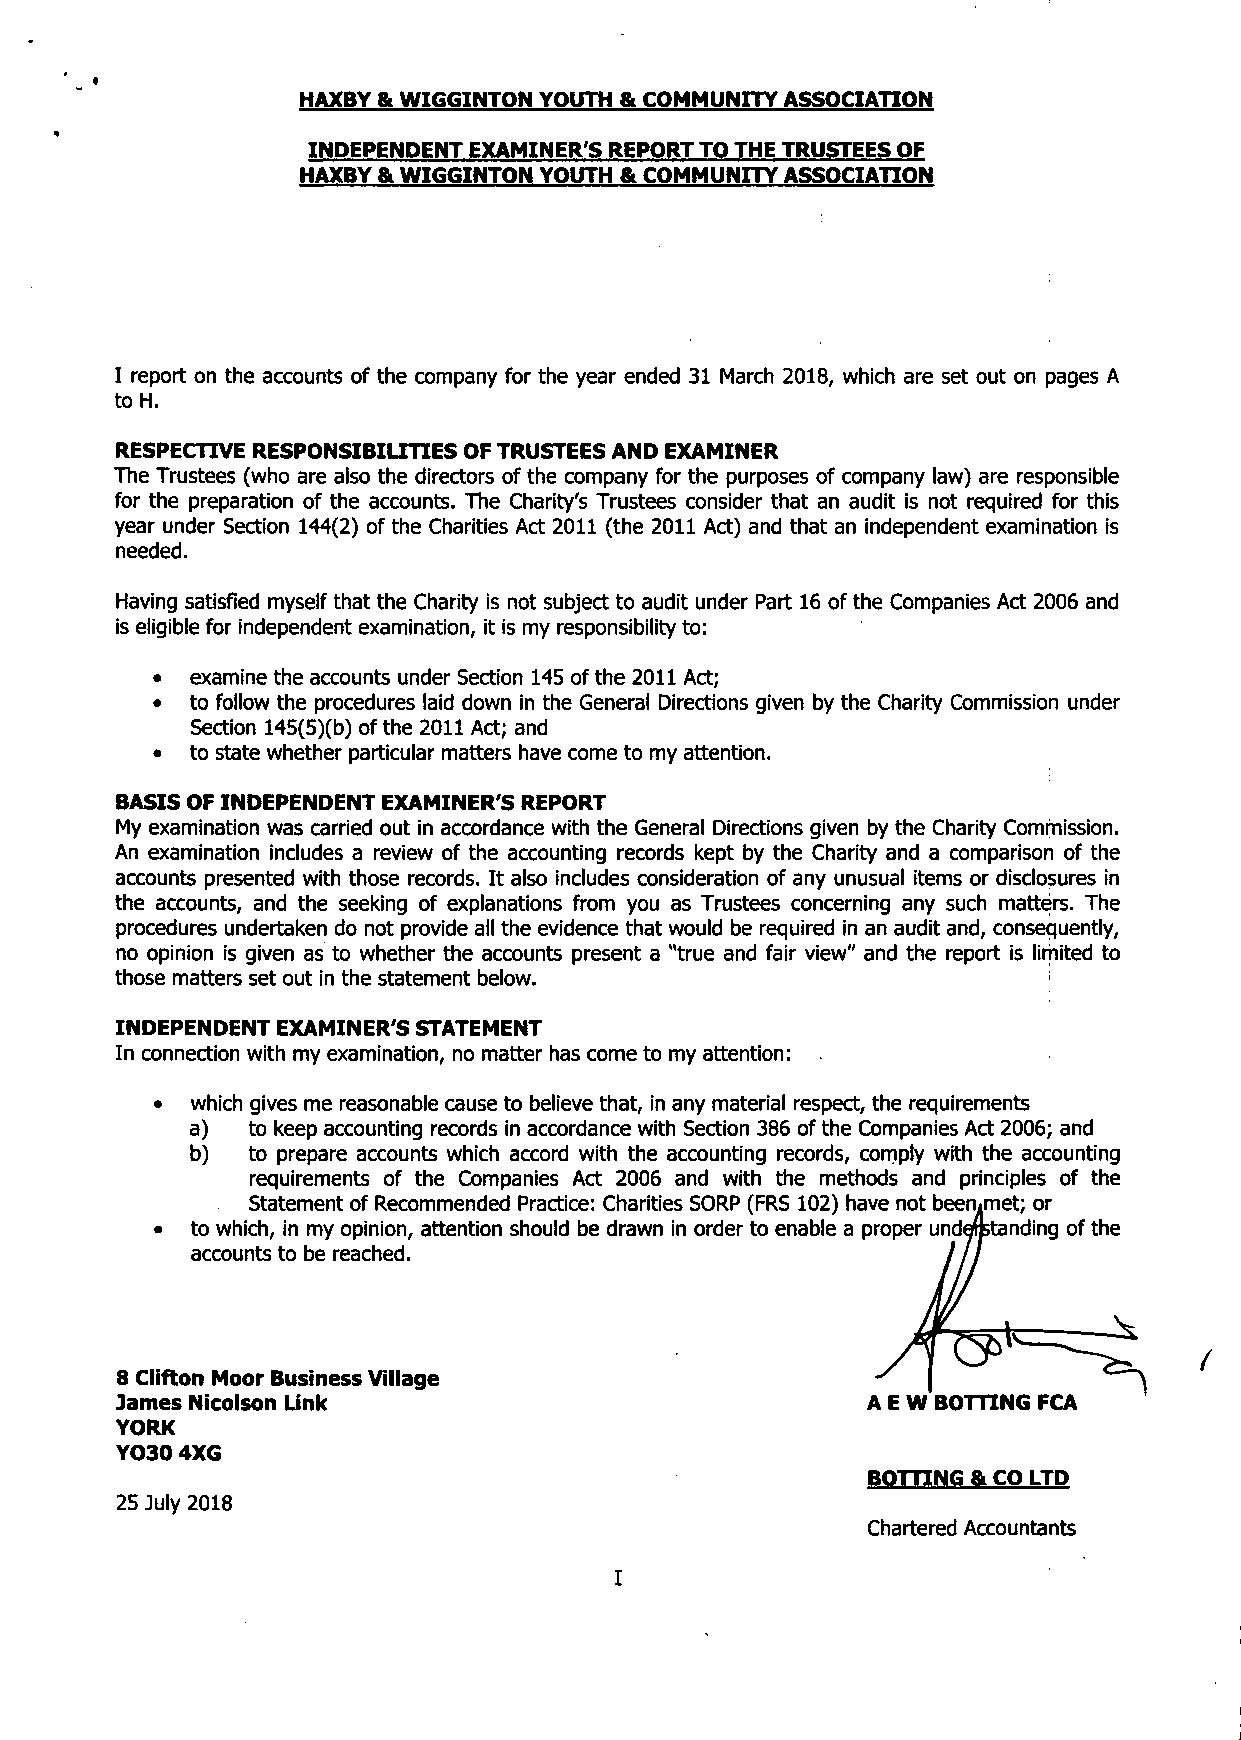
HAXBY & WIGGINTON YOUTH & COMMUNITY ASSOCIATION
 INDEPENDENT EXAMINER'S REPORT TO THE TRUSTEES OF
 HAXBY & WIGGINTON YOUTH & COMMUNITY ASSOCIATION
 I report on the accounts of the company for the year ended 31 March 2018, which are set out on pages A
 to H.
 RESPECTIVE RESPONSIBILITIES OF TRUSTEES AND EXAMINER
 The Trustees (who are also the directors of the company for the purposes of company law) are responsible
 for the preparation of the accounts. The Charity's Trustees consider that an audit is not required for this
 year under Section 144(2) of the Charities Act 2011 (the 2011 Act) and that an independent examination is
 needed.
 Having satisfied myself that the Charity is not subject to audit under Part 16 of the Companies Act 2006 and
 is eligible for independent examination, it is my responsibility to:
 •  examine the accounts under Section 145 of the 2011 Act;
 •  to follow the procedures laid down in the General Directions given by the Charity Commission under
 Section 145(5)(b) ofthe 2011 Act; and
 •  to state whether particular matters have come to my attention.
 BASIS OF INDEPENDENT EXAMINER'S REPORT
 My examination was carried out in accordance with the General Directions given by the Charity Commission.
 An examination includes a review of the accounting records kept by the Charity and a comparison of the
 accounts presented with those records. It also includes consideration of any unusual items or disclosures in
 the accounts, and the seeking of explanations from you as Trustees concerning any such matters. The
 procedures undertaken do not provide all the evidence that would be required in an audit and, consequently,
 no opinion is given as to whether the accounts present a "true and fair view" and the report is limited to
 those matters set out in the statement below.
 INDEPENDENT EXAMINER'S STATEMENT
 In connection with my examination, no matter has come to my attention:
 •  which gives me reasonable cause to believe that, in any material respect, the requirements
 a) to keep accounting records in accordance with Section 386 of the Companies Act 2006; and
 b) to prepare accounts which accord with the accounting records, comply with the accounting
 requirements of the Companies Act 2006 and with the methods and principles of the
 Statement of Recommended Practice: Charities SORP (FRS 102) have not beeniimet; or
 •  to which, in my opinion, attention should be drawn in order to enable a proper understanding of the
 accounts to be reached.
 8 Clifton Moor Business Village
 James Nicolson Link                              A E W BOTTING FCA
 YORK
 YO30 4XG
 BOTTING & CO LTD
 25 July 2018
 Chartered Accountants
 I